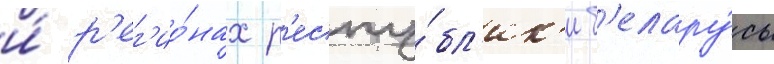
и́ р'ег'ио́нах р'еспу́бл'ик'и б'елару́сь